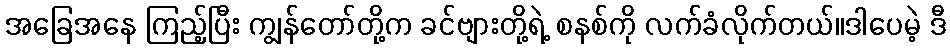
အခြေအနေ ကြည့်ပြီး ကျွန်တော်တို့က ခင်ဗျားတို့ရဲ့ စနစ်ကို လက်ခံလိုက်တယ်။ဒါပေမဲ့ ဒီ